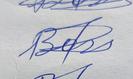
Signature authenticity: genuine